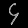
Digit: ၄